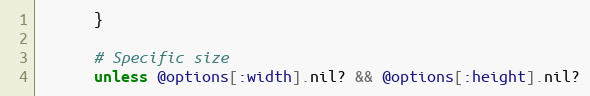
Language: Ruby
      }

      # Specific size
      unless @options[:width].nil? && @options[:height].nil?